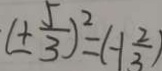
( \pm \frac { 5 } { 3 } ) ^ { 2 } = ( - 1 \frac { 2 } { 3 } )